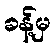
ခန့်မှ